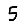
Digit: 5